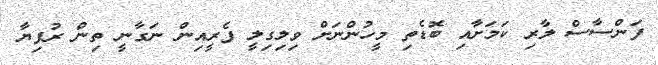
ފަންސާސް ލާރި ކަމަށާއި ބޮޑެތި މީހުންނަށް ވިލިގިލީ ފެރީއިން ނަގާނީ ތިން ރުފިޔާ